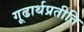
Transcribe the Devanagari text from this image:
गूढार्थप्रतीति